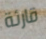
قارئة